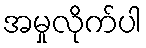
အမှုလိုက်ပါ